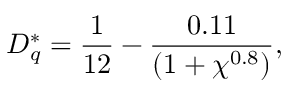
D _ { q } ^ { * } = \frac { 1 } { 1 2 } - \frac { 0 . 1 1 } { ( 1 + \chi ^ { 0 . 8 } ) } ,